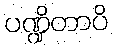
ပဏ္ဍိတာပိ